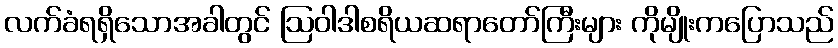
လက်ခံရရှိသောအခါတွင် ဩဝါဒါစရိယဆရာတော်ကြီးများ ကိုမျိုးကပြောသည်